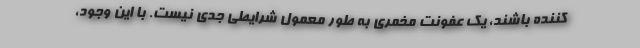
کننده باشند، یک عفونت مخمری به طور معمول شرایطی جدی نیست. با این وجود،